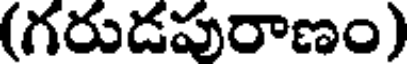
(గరుడపురాణం)